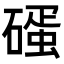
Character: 𥕨